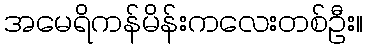
အမေရိကန်မိန်းကလေးတစ်ဦး။